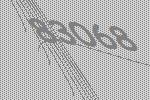
83068